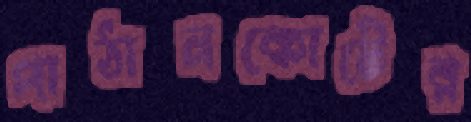
পাঠানকোটের